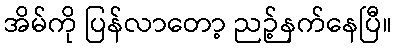
အိမ်ကို ပြန်လာတော့ ညဉ့်နက်နေပြီ။